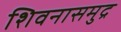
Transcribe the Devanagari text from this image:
शिवनासमुद्र